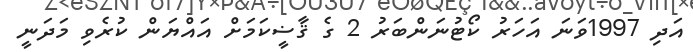
އަދި 1997ވަނަ އަހަރު ކޯޓުނަންބަރު 2 ގެ ޤާޟީކަމަށް އައްޔަން ކުރެވި މަދަނީ